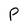
Character: P